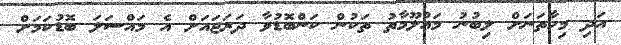
އަދި މިހާތަނަށް ލިބުނު މައުލޫމާތު ތަކުން ކަންބޮޑުވާ ދަރަޖައަށް އެ މައްސަލަ ބޮޑުކަމަށް